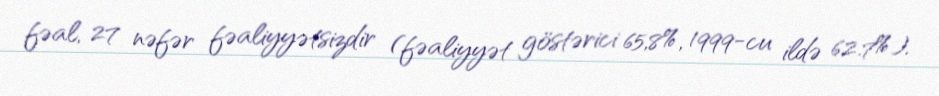
fəal, 27 nəfər fəaliyyətsizdir (fəaliyyət göstərici 65,8%, 1999-cu ildə 62.7%).